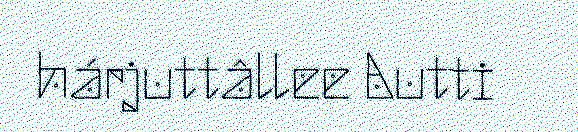
hárjuttâllee Autti